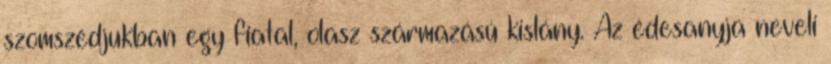
szomszédjukban egy fiatal, olasz származású kislány. Az édesanyja neveli